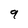
Character: 9